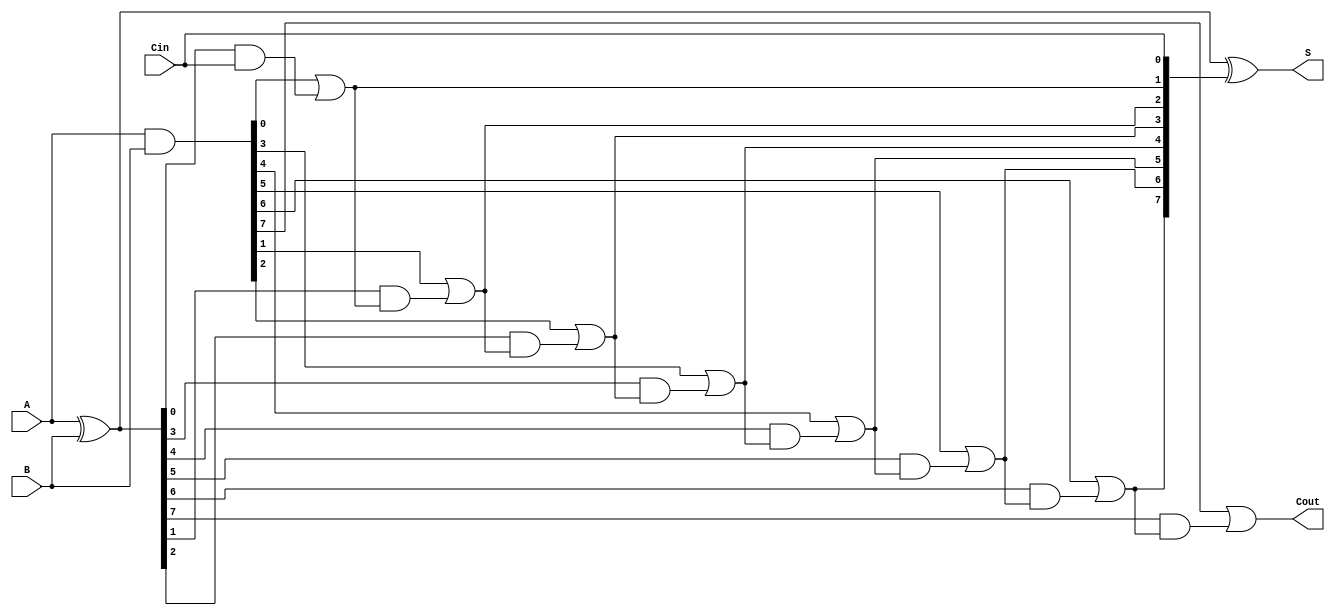
module sklansky_adder #(parameter n = 8) (
    input  [n-1:0] A,
    input  [n-1:0] B,
    input          Cin,
    output [n-1:0] S,
    output         Cout
);

    // Generate and propagate signals
    wire [n-1:0] G; // Generate signals
    wire [n-1:0] P; // Propagate signals
    wire [n:0] C;   // Carry signals (C[0] is Cin)

    // Generate and propagate calculations
    assign G = A & B;
    assign P = A ^ B;

    // Carry calculations
    assign C[0] = Cin;

    genvar i;
    generate
        for (i = 0; i < n; i = i + 1) begin : carry_calculation
            if (i == 0) begin
                assign C[i + 1] = G[i] | (P[i] & C[i]);
            end else begin
                assign C[i + 1] = G[i] | (P[i] & C[i]);
            end
        end
    endgenerate

    // Sum calculation
    assign S = P ^ C[n-1:0]; // Calculate sum bits

    // Final carry-out
    assign Cout = C[n];

endmodule